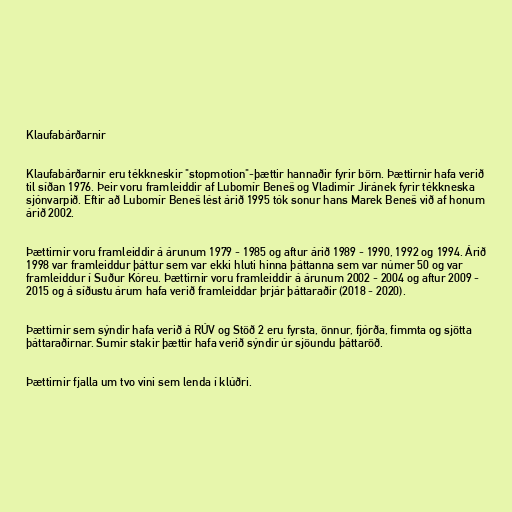
Klaufabárðarnir

Klaufabárðarnir eru tékkneskir "stopmotion"-þættir hannaðir fyrir börn. Þættirnir hafa verið
til síðan 1976. Þeir voru framleiddir af Lubomír Beneš og Vladimír Jiránek fyrir tékkneska
sjónvarpið. Eftir að Lubomír Beneš lést árið 1995 tók sonur hans Marek Beneš við af honum
árið 2002.

Þættirnir voru framleiddir á árunum 1979 - 1985 og aftur árið 1989 - 1990, 1992 og 1994. Árið
1998 var framleiddur þáttur sem var ekki hluti hinna þáttanna sem var númer 50 og var
framleiddur í Suður Kóreu. Þættirnir voru framleiddir á árunum 2002 - 2004 og aftur 2009 -
2015 og á síðustu árum hafa verið framleiddar þrjár þáttaraðir (2018 - 2020).

Þættirnir sem sýndir hafa verið á RÚV og Stöð 2 eru fyrsta, önnur, fjórða, fimmta og sjötta
þáttaraðirnar. Sumir stakir þættir hafa verið sýndir úr sjöundu þáttaröð.

Þættirnir fjalla um tvo vini sem lenda í klúðri.